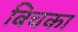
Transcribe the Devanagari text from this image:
बिचका